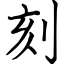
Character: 刻